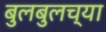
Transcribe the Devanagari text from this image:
बुलबुलच्या